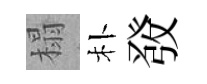
榻朴𤼲